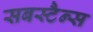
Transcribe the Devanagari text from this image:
सबस्टैन्स